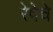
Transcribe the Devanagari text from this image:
रेषेचे